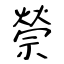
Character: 禜